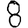
Digit: 8